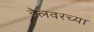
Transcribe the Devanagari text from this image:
डेलवरच्या